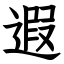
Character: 遐